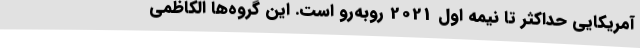
آمریکایی حداکثر تا نیمه اول 2021 روبه‌رو است. این گروه‌ها الکاظمی